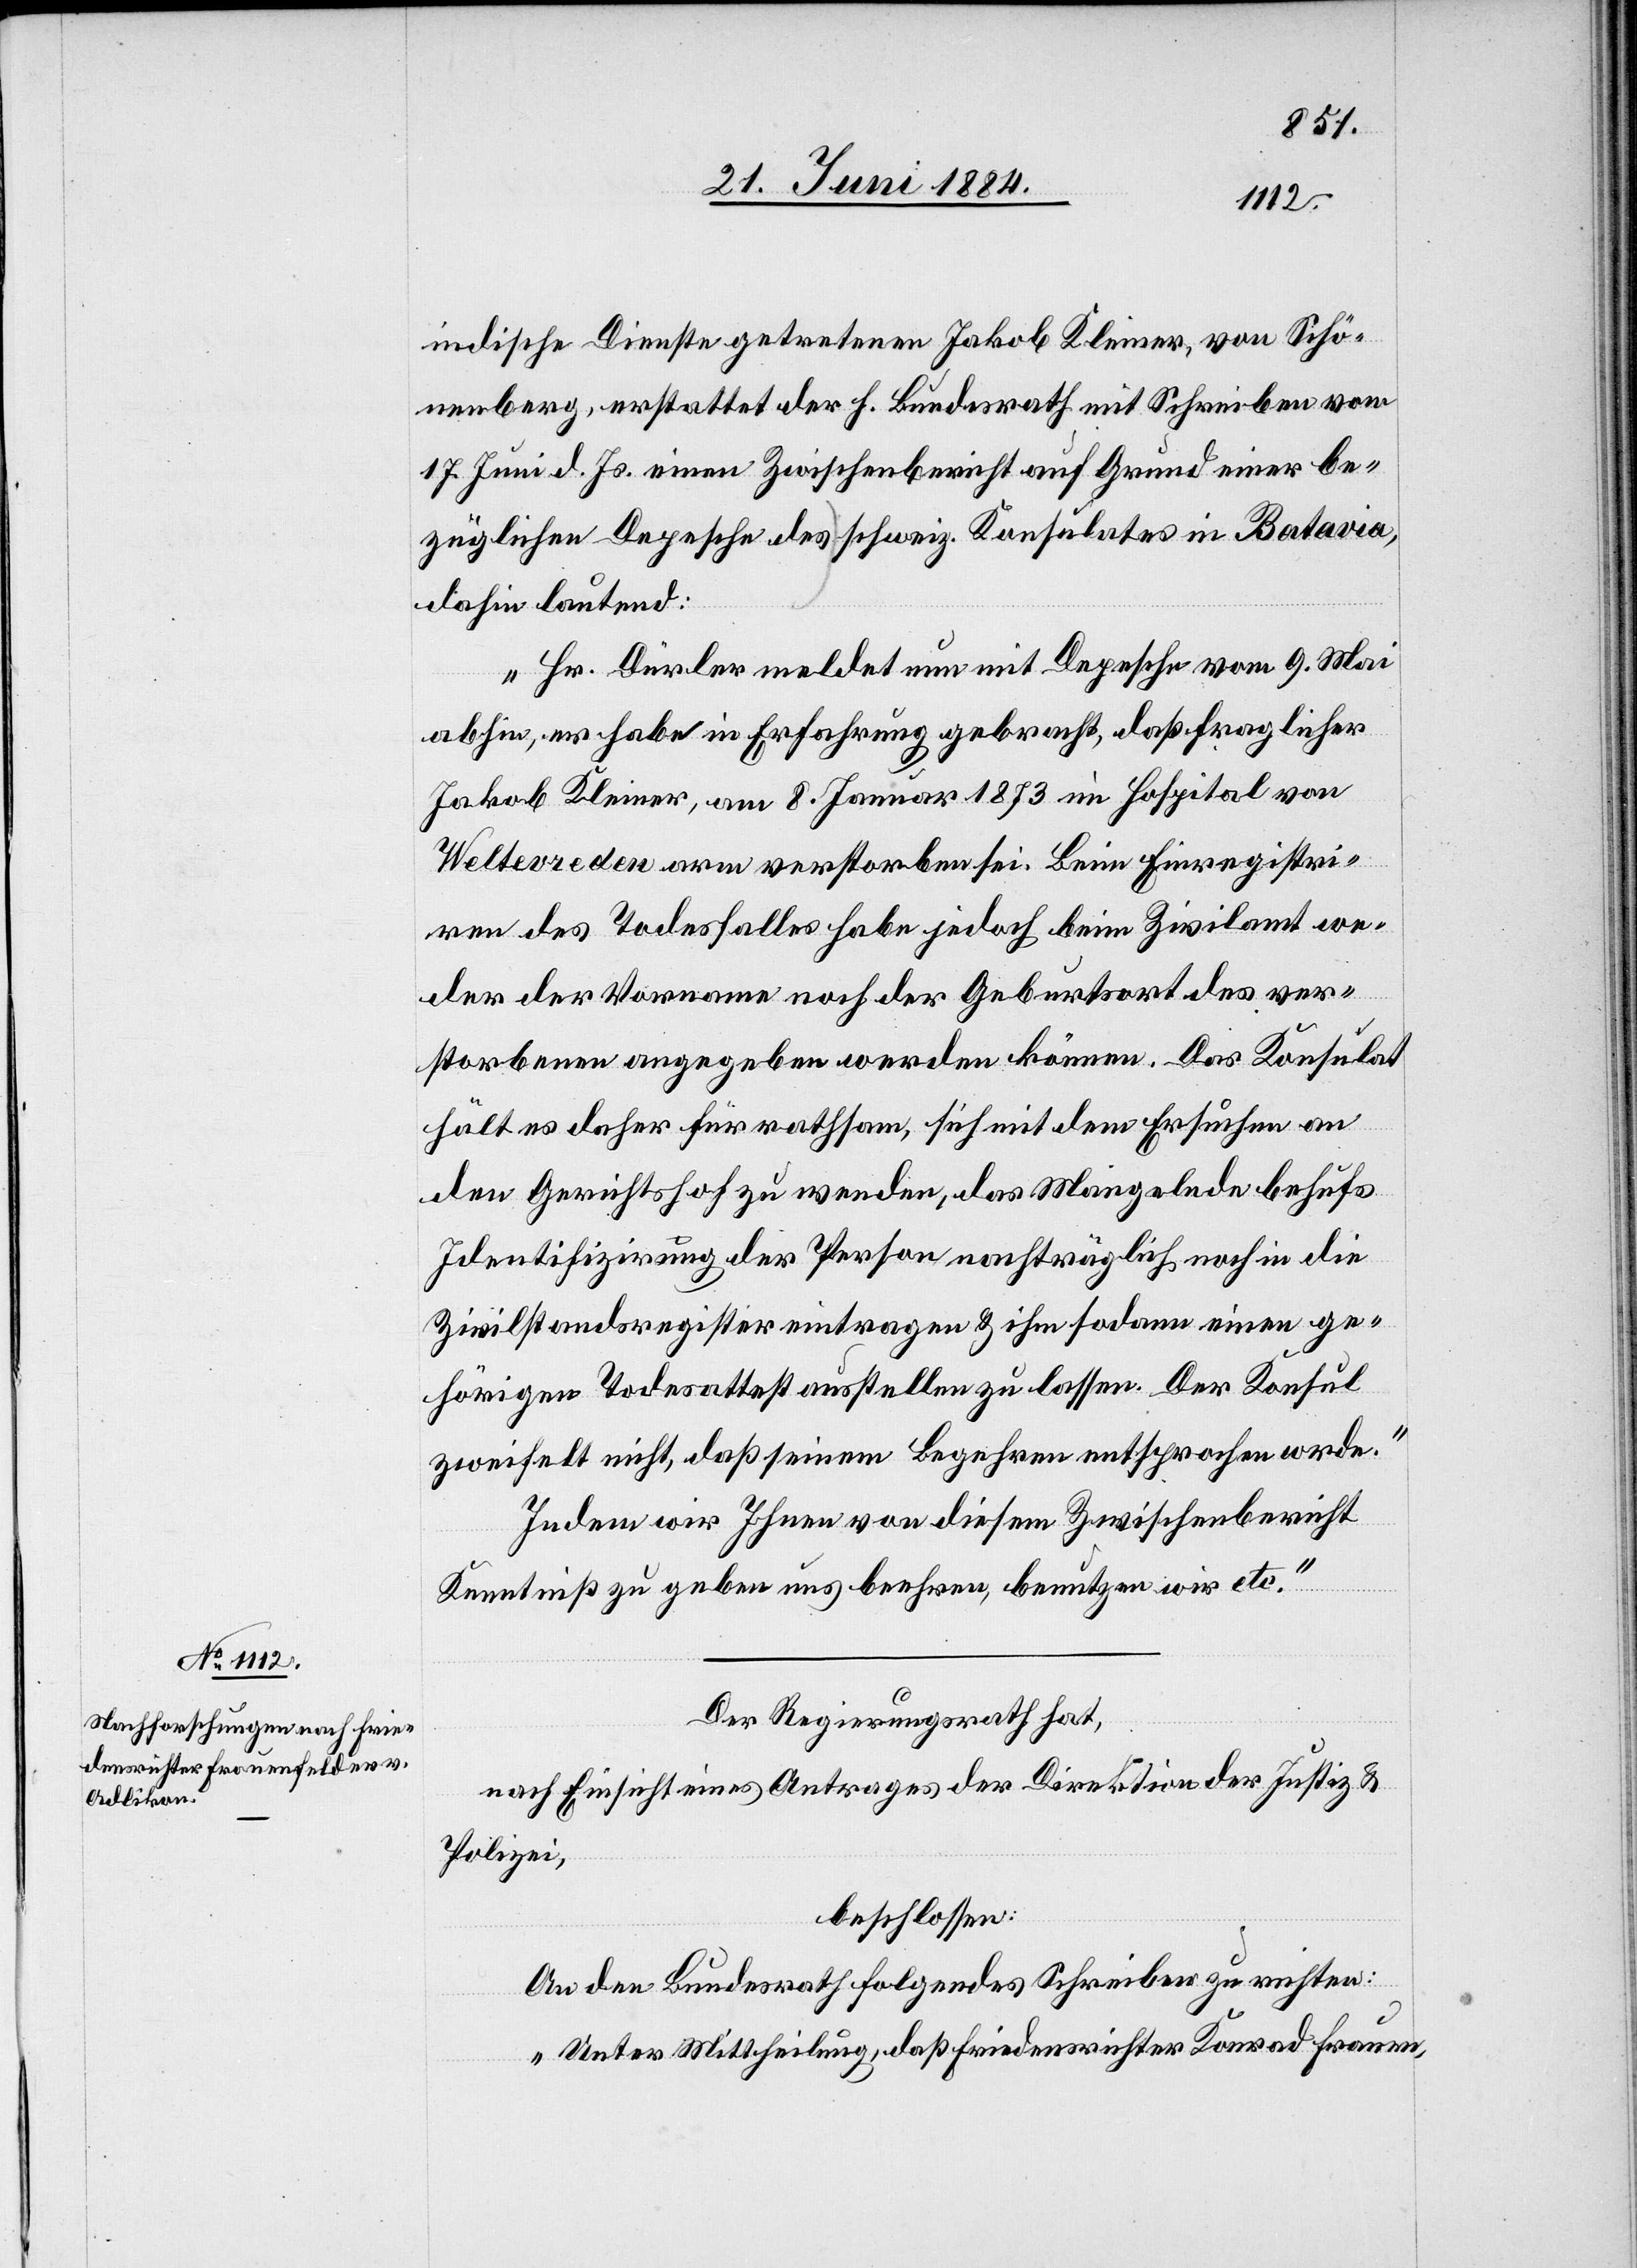
indische Dienste getretenen Jakob Kleiner, von Schö¬
nenberg, erstattet der h. Bundesrath mit Schreiben vom
17. Juni d. Js. einen Zwischenbericht auf Grund einer be¬
züglichen Depesche des schweiz. Konsulates in Batavia,
dahin lautend:
„Hr. Dürler meldet nun mit Depesche vom 9. Mai
abhin, er habe in Erfahrung gebracht, daß fraglicher
Jakob Kleiner, am 8. Januar 1873 im Hospital von
Weltevreden arm verstorben sei. Beim Einregistri¬
ren des Todesfalles habe jedoch beim Zivilamt we¬
der der Vorname noch der Geburtsort des ver¬
storbenen angegeben werden können. Das Konsulat
hält es daher für rathsam, sich mit dem Ersuchen an
den Gerichtshof zu wenden, das Mangelnde behufs
Identifizirung der Person nachträglich noch in die
Zivilstandsregister eintragen & ihm sodann einen ge¬
hörigen Todesattest ausstellen zu lassen. Der Konsul
zweifelt nicht, daß seinem Begehren entsprochen w[e]rde.“
Indem wir Ihnen von diesem Zwischenbericht
Kenntniß zu geben uns beehren, benutzen wir etc.“
Der Regierungsrath hat,
nach Einsicht eines Antrages der Direktion der Justiz &
Polizei,
beschlossen:
An den Bundesrath folgendes Schreiben zu richten:
„Unter Mittheilung, daß Friedensrichter Konrad Frauen-